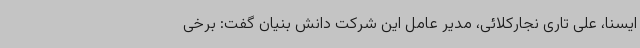
ایسنا، علی تاری نجارکلائی، مدیر عامل این شرکت دانش بنیان گفت: برخی